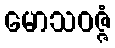
မောသဝဇ္ဇံ